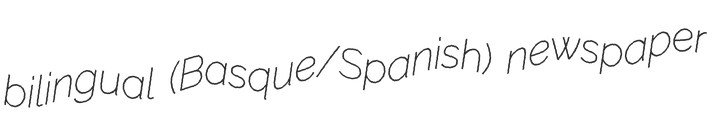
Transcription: bilingual (Basque/Spanish) newspaper